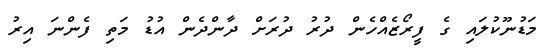
މަޑުނޫކުލައި ގެ ފީރޯޒެއްހެން ދުރު ދުރަށް ދާންދެން އުޑު މަތި ފެންނަ އިރު